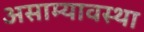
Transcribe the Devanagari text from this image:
असाम्यावस्था